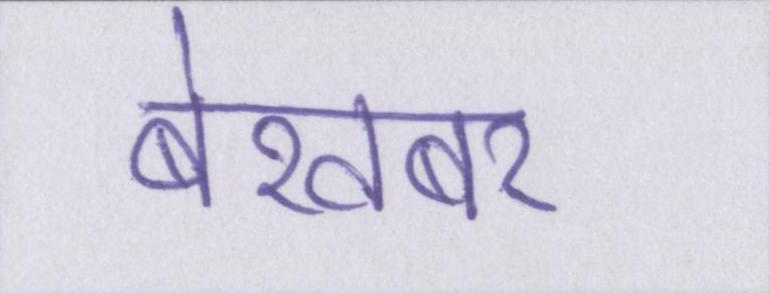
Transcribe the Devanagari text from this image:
बेखबर